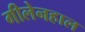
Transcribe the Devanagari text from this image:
गीलेनहाल